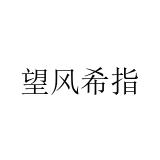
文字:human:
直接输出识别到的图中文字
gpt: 望风希指